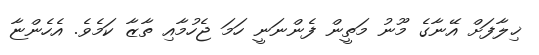
ޚިލާފަށް އޭނާގެ މޫނު މަތީން ފެންނަނީ ހަމަ ޖެހުމާއި ތާޒާ ކަމެވެ. އެހެންޏާ